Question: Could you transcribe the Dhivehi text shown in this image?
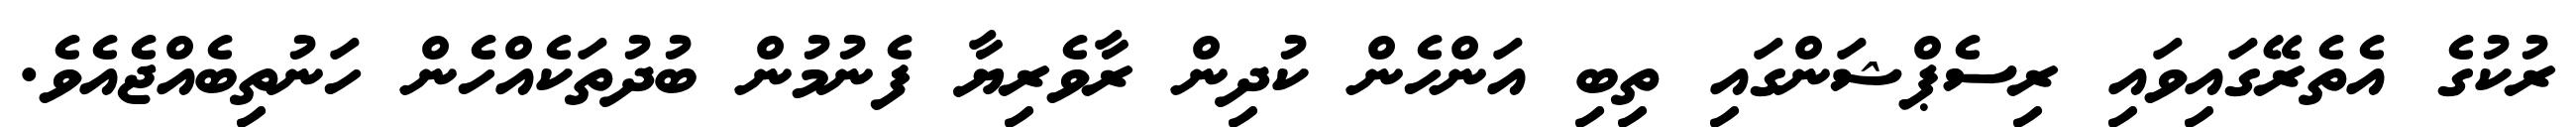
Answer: ރުކުގެ އެތެރޭގައިވައި ރިސެޕްޝަންގައި ތިބި އަންހެން ކުދިން ރާވެރިޔާ ފެނުމުން ބުދުތަކެއްހެން ހަނުތިބެއްޖެއެވެ.